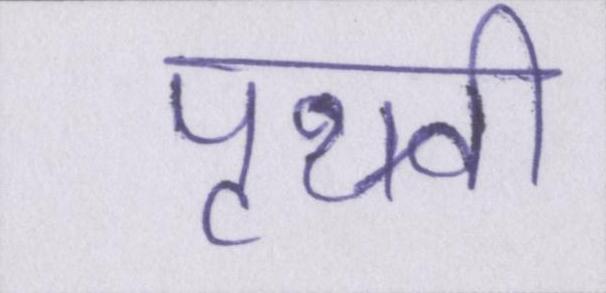
पृथ्वी